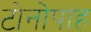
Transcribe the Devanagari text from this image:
टोनोपाह